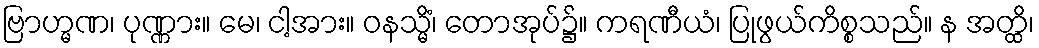
ဗြာဟ္မဏ၊ ပုဏ္ဏား။ မေ၊ ငါ့အား။ ဝနသ္မိံ၊ တောအုပ်၌။ ကရဏီယံ၊ ပြုဖွယ်ကိစ္စသည်။ န အတ္ထိ၊